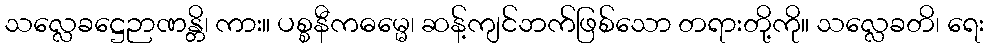
သလ္လေခဋ္ဌေဉာဏန္တိ၊ ကား။ ပစ္စနီကဓမ္မေ၊ ဆန့်ကျင်ဘက်ဖြစ်သော တရားတို့ကို။ သလ္လေခတိ၊ ရေး